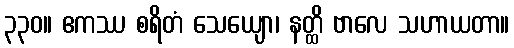
၃၃၀။ ဧကဿ စရိတံ သေယျော၊ နတ္ထိ ဗာလေ သဟာယတာ။